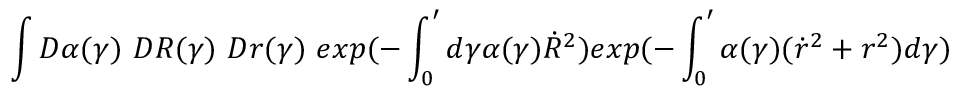
\int D \alpha ( \gamma ) ~ D R ( \gamma ) ~ D r ( \gamma ) ~ e x p ( - \int _ { 0 } ^ { \prime } d \gamma \alpha ( \gamma ) \dot { R } ^ { 2 } ) e x p ( - \int _ { 0 } ^ { \prime } \alpha ( \gamma ) ( \dot { r } ^ { 2 } + r ^ { 2 } ) d \gamma )